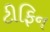
ટીફિન